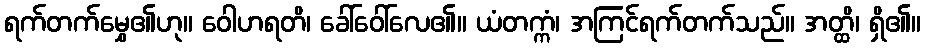
ရက်တက်မွှေ၏ဟု။ ဝေါဟရတိ၊ ခေါ်ဝေါ်လေ၏။ ယံတက္ကံ၊ အကြင်ရက်တက်သည်။ အတ္ထိ၊ ရှိ၏။